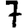
Digit: 7